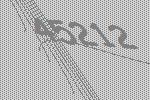
45212